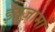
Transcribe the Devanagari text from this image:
इंतज़ामों